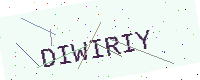
Text: DIWIRIY